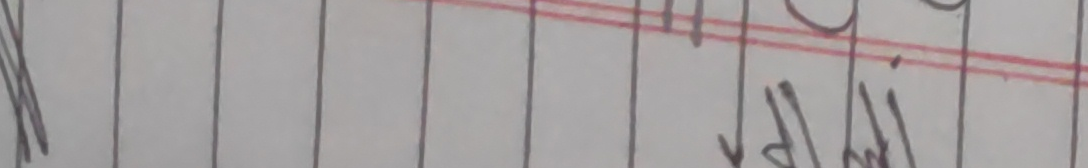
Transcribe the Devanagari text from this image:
यसलाई